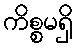
ကိစ္စမရှိ